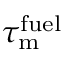
\tau _ { \mathrm { m } } ^ { \mathrm { f u e l } }